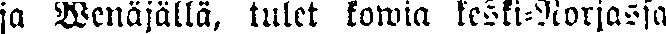
ja Wenäjällä, tulet kowia keski-Norjassa